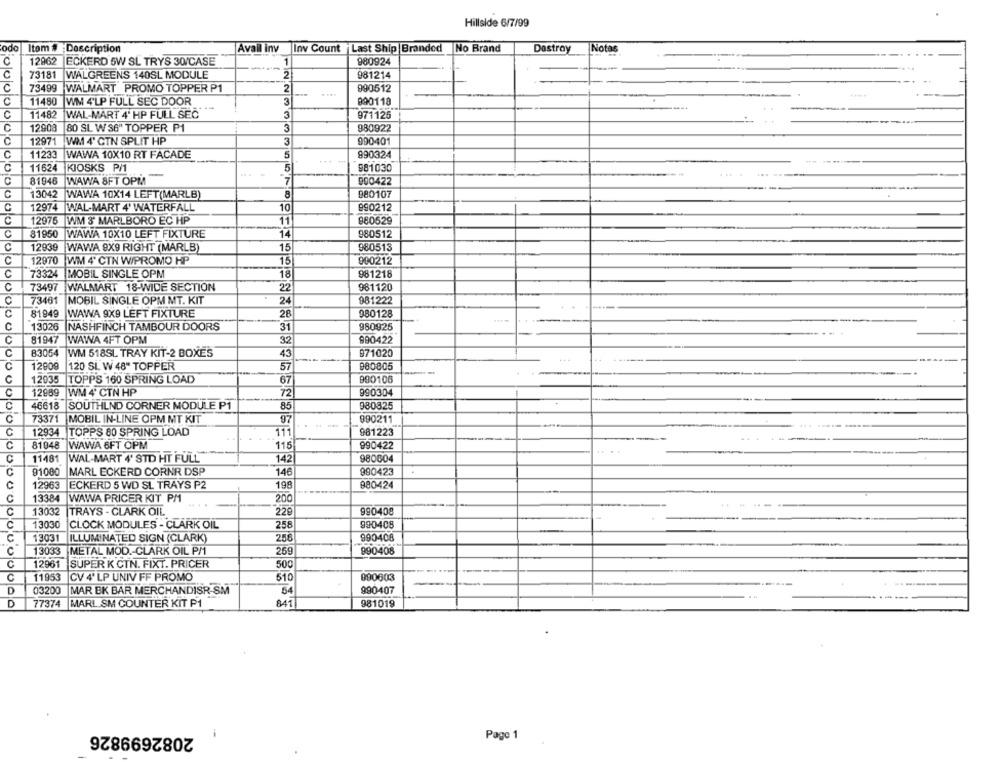
Hillside 6/7/99
odo
Itom # Description
Avail iny
Inv Count Last Ship Branded
No Brand
Dastray
Notas
C
12962
ECKERD 5W SL TRYS 30/CASE
1
980924
...
C
73181
WALGREENS 140SL MODULE
2
981214
C
73499
WALMART PROMO TOPPER P1
2
990512
C
11480 WM 4'LP FULL SEC DOOR
3
800118
C
11482
WAL-MART 4' HP FULL SEC
3
971125
C
12908
80 SL WS6" TOPPER P1
3
980922
12971
WM 4' CTN SPLIT HP
3
990401
C
11233
WAWA 10X10 RT FACADE
5
990324
11624
KIOSKS P/1
5
981030
C
81946
WAWA 8FT OPM
7
900422
C
13042
WAWA 10X14 LEFT(MARLB)
980107
.
C
12974 WAL-MART 4' WATERFALL
10
990212
C
12975
WM 3' MARLBORO EC HP
11
880529
81950
WAWA 10X10 LEFT FIXTURE
14
980512
C
12939
WAWA 8X9 RIGHT (MARLB)
15
980513
C
12970
WM 4' CTN W/PROMO HP
000212
15
C
73324
MOBIL SINGLE OPM
18
981218
C
73497
WALMART 18-WIDE SECTION
22
981120
73461
MOBIL SINGLE OPM MT. KIT
24
981222
C
81949
980128
WAWA 9X9 LEFT FIXTURE
28
C
13026 NASHFINCH TAMBOUR DOORS
31
980925
C
81947
WAWA 4FT OPM
32
890422
C
83054 WM 518SL TRAY KIT-2 BOXES
43
-
971020
C
12909
120 SL W 48" TOPPER
57
980805
-
C
12935 TOPPS 160 SPRING LOAD
67
990106
C
12989 WM 4' CTN HP
72
990304
C
46618
SOUTHLND CORNER MODULE P1
85
980825
C
73371 MOBIL IN-LINE OPM MT XIT
97
990211
C
12934
TOPPS 80 SPRING LOAD
111
981223
C
81948
WAWA 6FT OPM
115
990422
C
11481
WAL-MART 4' STD HT FULL
142
980004
C
91000
MARL ECKERD CORNR DSP
146
990423
12963
ECKERD 5 WD SL TRAYS P2
980424
c
13384
WAWA PRICER KIT PM
200
C
13032
226
990408
TRAYS - CLARK OIL
C
13030
CLOCK MODULES - CLARK OIL
258
990408
C
13031
ILLUMINATED SIGN (CLARK)
990408
259
C
13033
METAL MOD .- CLARK OIL PM
990408
C
12961
SUPER K CTN. FIXT. PRICER
500
C
11953
CV 4' LP UNIV FF PROMO
510
090603
D
03200
MAR BK BAR MERCHANDISR-SM
54
990407
D
77374
MARL SM COUNTER KIT P1
841
981019
2082699826
Page 1